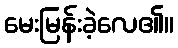
မေးမြန်းခဲ့လေ၏။